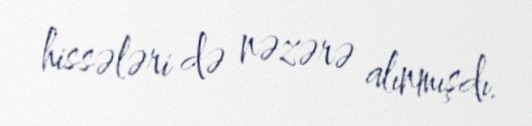
hissələri də nəzərə alınmışdı.